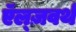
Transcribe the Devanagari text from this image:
ऍल्ज़वर्थ